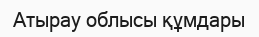
Атырау облысы құмдары